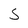
Character: S